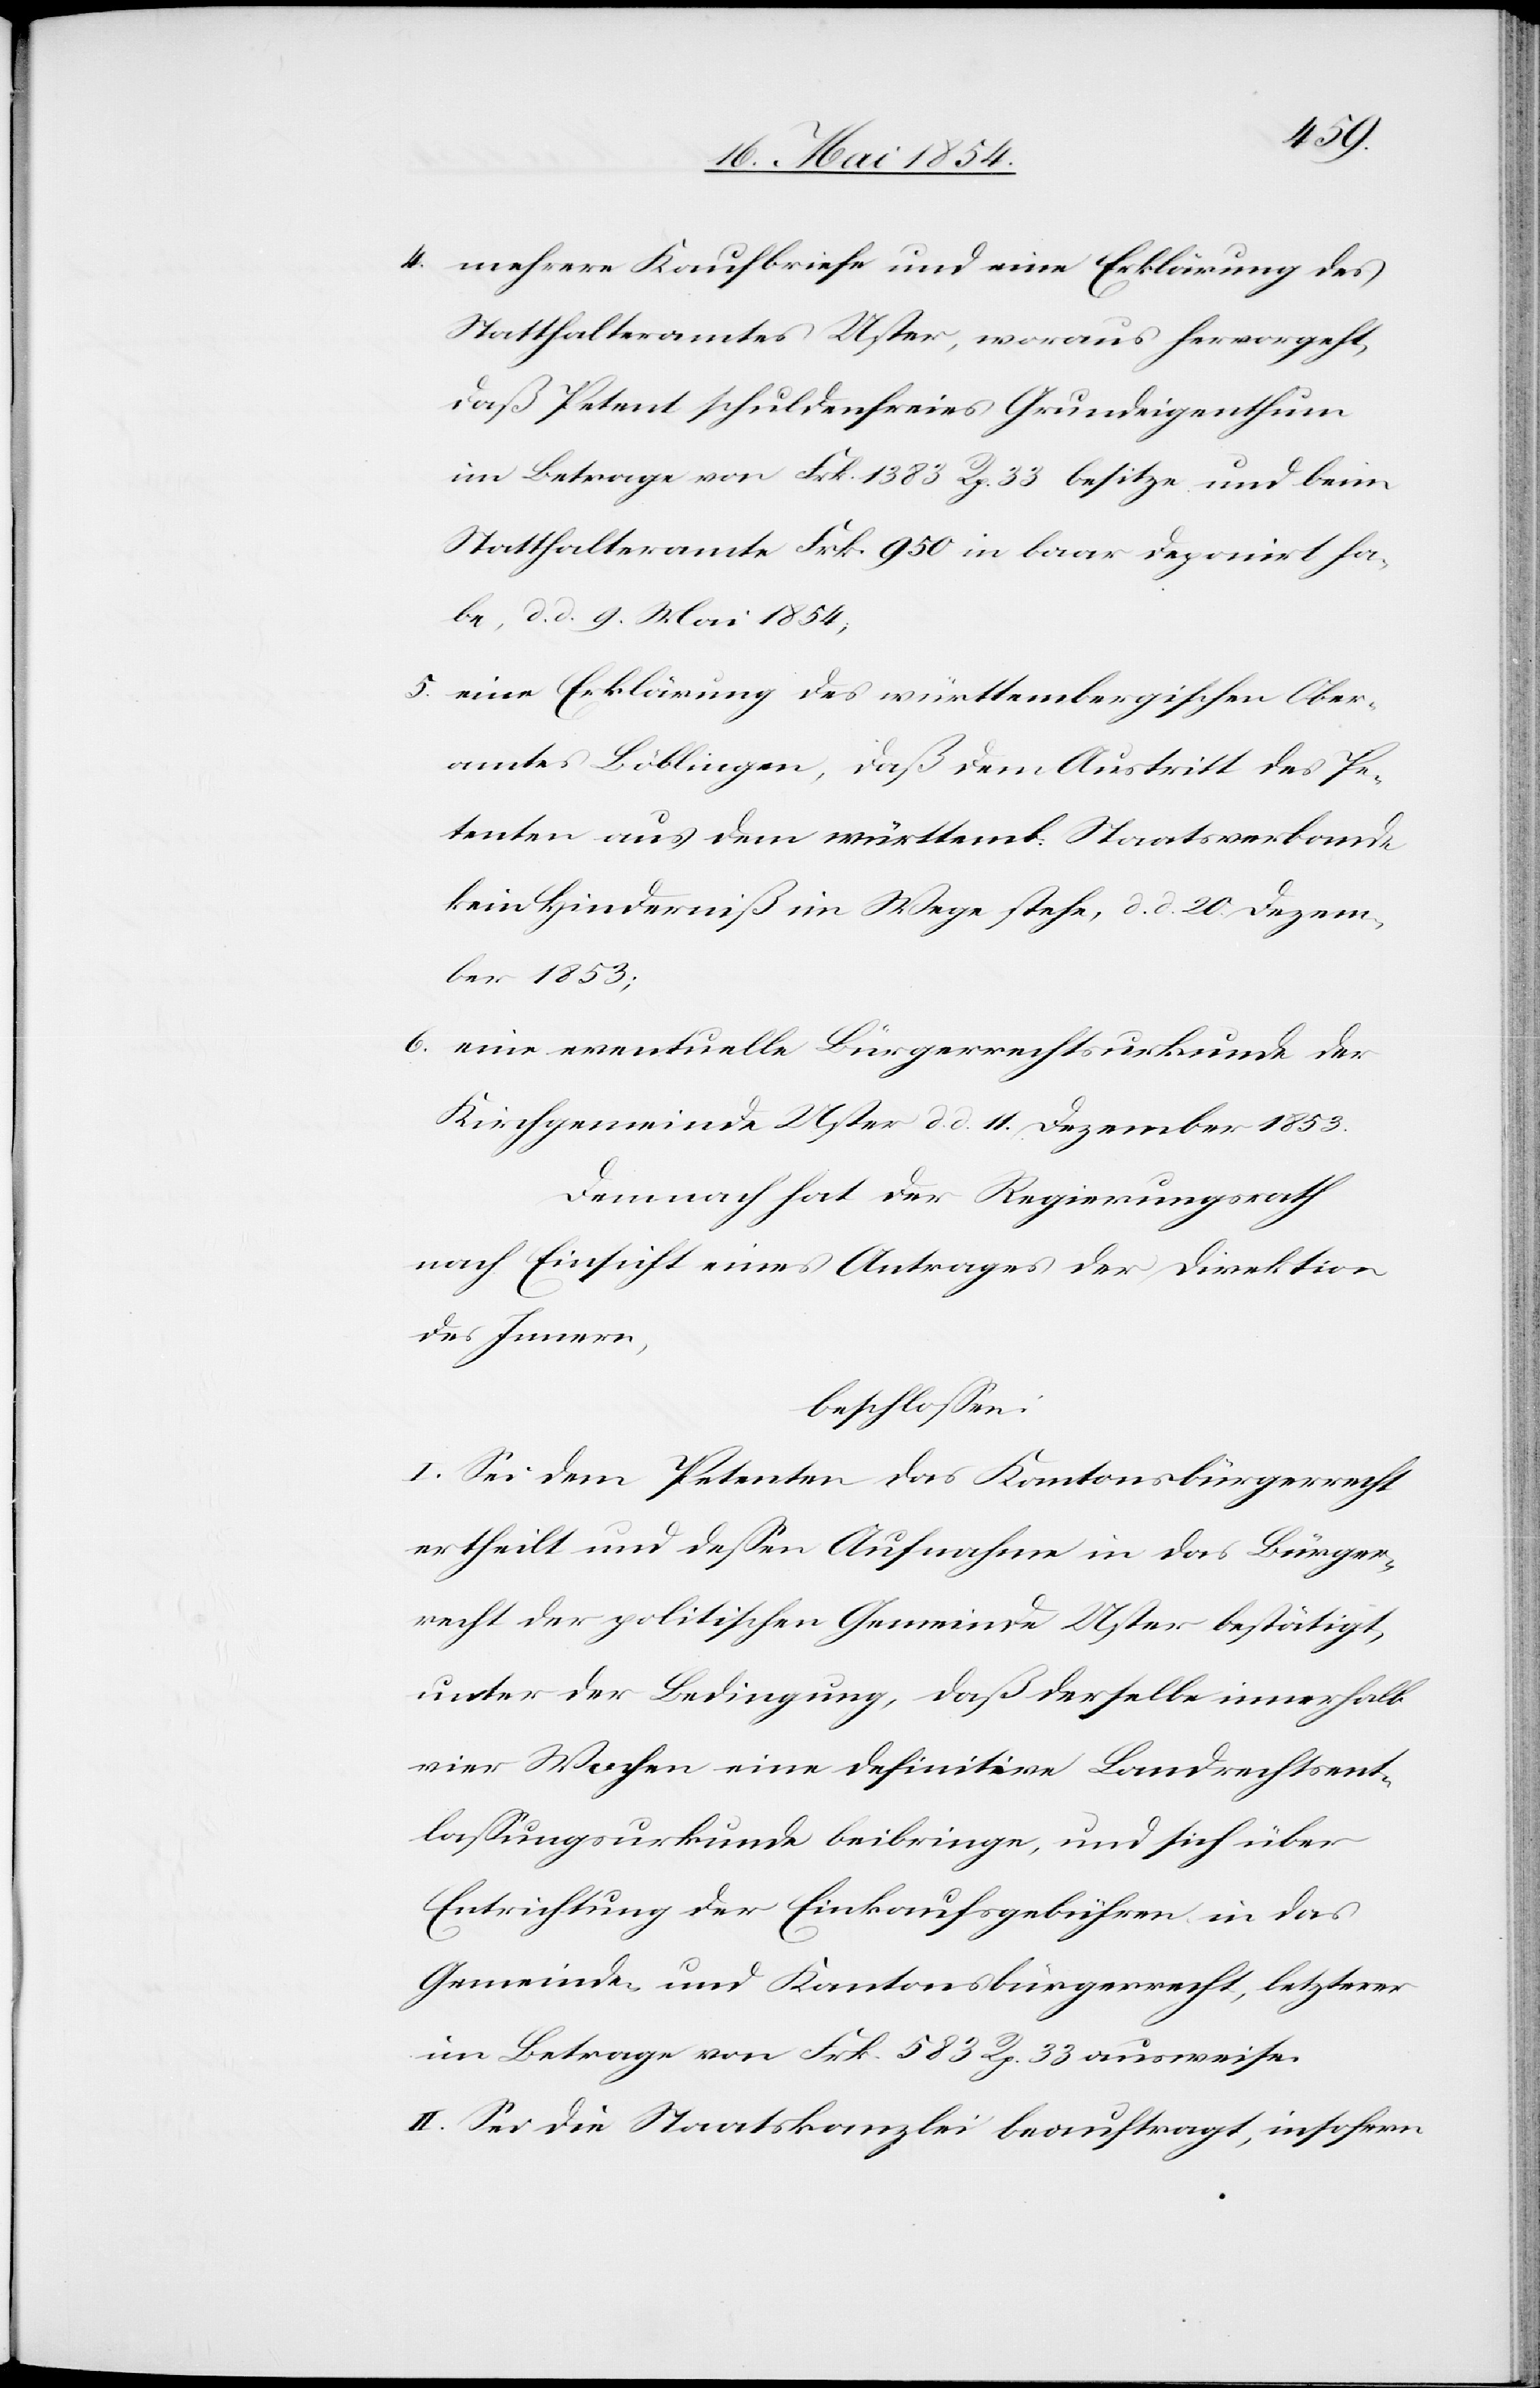
4. mehrere Kaufbriefe und eine Erklärung des
Statthalteramtes Uster, woraus hervorgeht,
daß Petent schuldenfreies Grundeigenthum
im Betrage von Frk. 1383 Rp. 33 besitze und beim
Statthalteramte Frk. 950 in baar deponirt ha¬
be, d. d. 9. Mai 1854;
5. eine Erklärung des württembergischen Ober¬
amtes Böblingen, daß dem Austritt des Pe¬
tenten aus dem württemb. Staatsverbande
kein Hinderniß im Wege stehe, d. d. 20. Dezem¬
ber 1853;
6. eine eventuelle Bürgerrechtsurkunde der
Kirchgemeinde Uster d. d. 11. Dezember 1853.
Demnach hat der Regierungsrath
nach Einsicht eines Antrages der Direktion
des Innern,
beschloßen:
I. Sei dem Petenten das Kantonsbürgerecht
ertheilt und deßen Aufnahme in das Bürger¬
recht der politischen Gemeinde Uster bestätigt,
unter der Bedingung, daß derselbe innerhalb
vier Wochen eine definitive Landrechtsent¬
laßungsurkunde beibringe, und sich über
Entrichtung der Einkaufsgebühren in das
Gemeinds- und Kantonsbürgerrecht, letzterer
im Betrage von Frk. 583 Rp. 33 ausweise.
II. Sei die Staatskanzlei beauftragt, insofern